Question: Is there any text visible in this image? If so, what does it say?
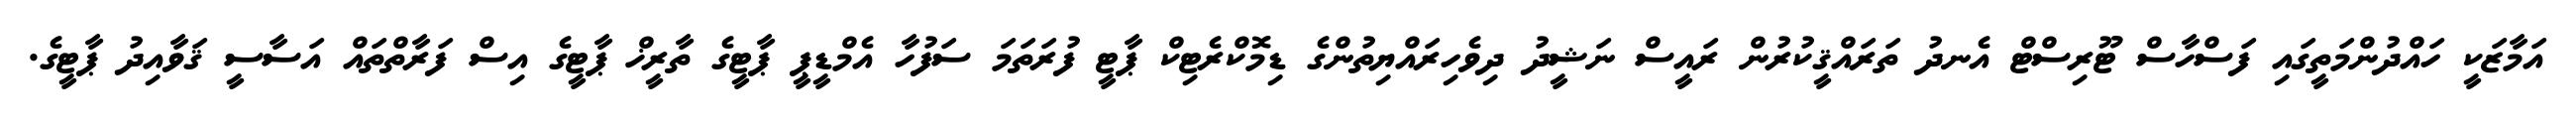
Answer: އަމާޒަކީ ހައްދުންމަތީގައި ފަސްހާސް ޓޫރިސްޓް އެނދު ތަރައްޤީކުރުން ރައީސް ނަޝީދު ދިވެހިރައްޔިތުންގެ ޑިމޮކްރެޓިކް ޕާޓީ ފުރަތަމަ ސަފުހާ އެމްޑީޕީ ޕާޓީގެ ތާރީޚް ޕާޓީގެ އިސް ފަރާތްތައް އަސާސީ ޤަވާއިދު ޕާޓީގެ.